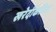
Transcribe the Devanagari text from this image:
खरेदीकरिता